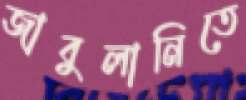
জাবুলানিতে